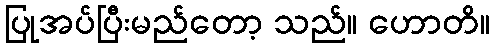
ပြုအပ်ပြီးမည်တော့ သည်။ ဟောတိ။